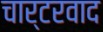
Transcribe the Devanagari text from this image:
चार्टरवाद